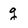
Character: g